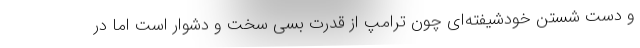
و دست شستن خودشیفته‌ای چون ترامپ از قدرت بسی سخت و دشوار است اما در